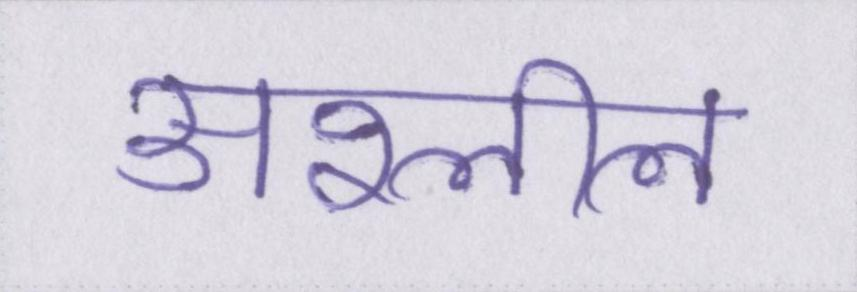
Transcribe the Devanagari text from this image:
अश्लील